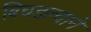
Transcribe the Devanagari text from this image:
बिघडल्याने